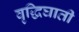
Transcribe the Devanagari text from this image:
वृद्धिघाती